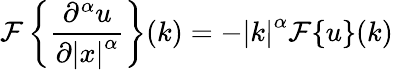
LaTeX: {\mathcal{F}}\left\{ {\frac{\partial^{\alpha}u}{\partial\left|x\right|^{\alpha}}}\right\} (k)=-\left|k\right|^{\alpha}{\mathcal{F}}\{ u\} (k)